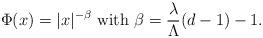
LaTeX: \begin{align*}\Phi(x) = |x|^{-\beta}\hbox{ with } \beta = \frac{\lambda}{\Lambda} (d-1)-1.\end{align*}